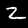
Digit: 2